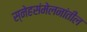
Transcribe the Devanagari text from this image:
स्नेहसंमेलनांतील